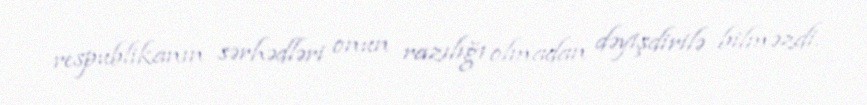
respublikanın sərhədləri onun razılığı olmadan dəyişdirilə bilməzdi.